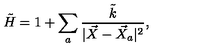
\tilde { H } = 1 + \sum _ { a } \frac { \tilde { k } } { | \vec { X } - \vec { X } _ { a } | ^ { 2 } } ,